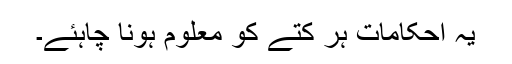
یہ احکامات ہر کتے کو معلوم ہونا چاہئے۔